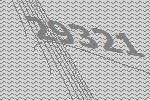
29321